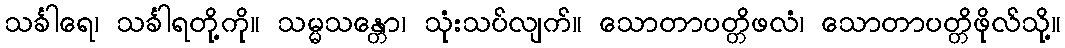
သင်္ခါရေ၊ သင်္ခါရတို့ကို။ သမ္မသန္တော၊ သုံးသပ်လျက်။ သောတာပတ္တိဖလံ၊ သောတာပတ္တိဖိုလ်သို့။